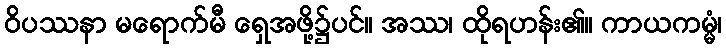
ဝိပဿနာ မရောက်မီ ရှေအဖို့၌ပင်။ အဿ၊ ထိုရဟန်း၏။ ကာယကမ္မံ၊